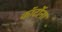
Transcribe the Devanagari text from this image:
कॉर्टोना